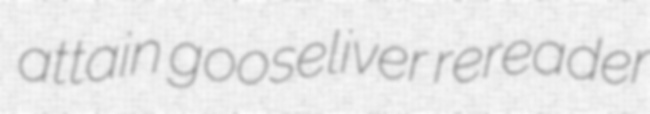
attain gooseliver rereader